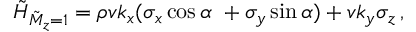
\tilde { H } _ { \tilde { M } _ { z } = 1 } = \rho v k _ { x } ( \sigma _ { x } \cos \alpha \ + \sigma _ { y } \sin \alpha ) + v k _ { y } \sigma _ { z } \, ,